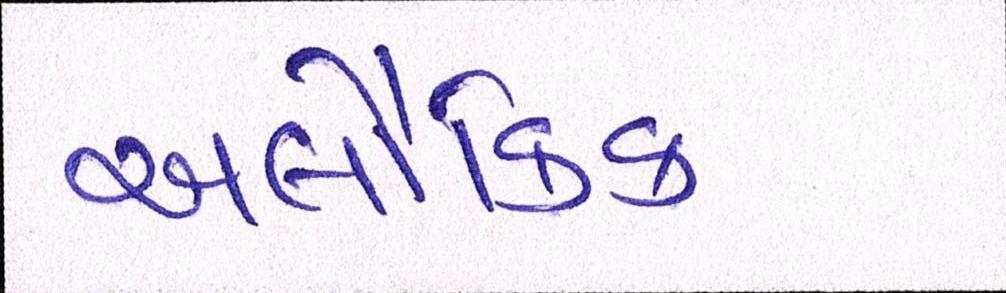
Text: અલૌકિક